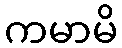
ကမာမိ